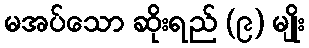
မအပ်သော ဆိုးရည် (၉) မျိုး